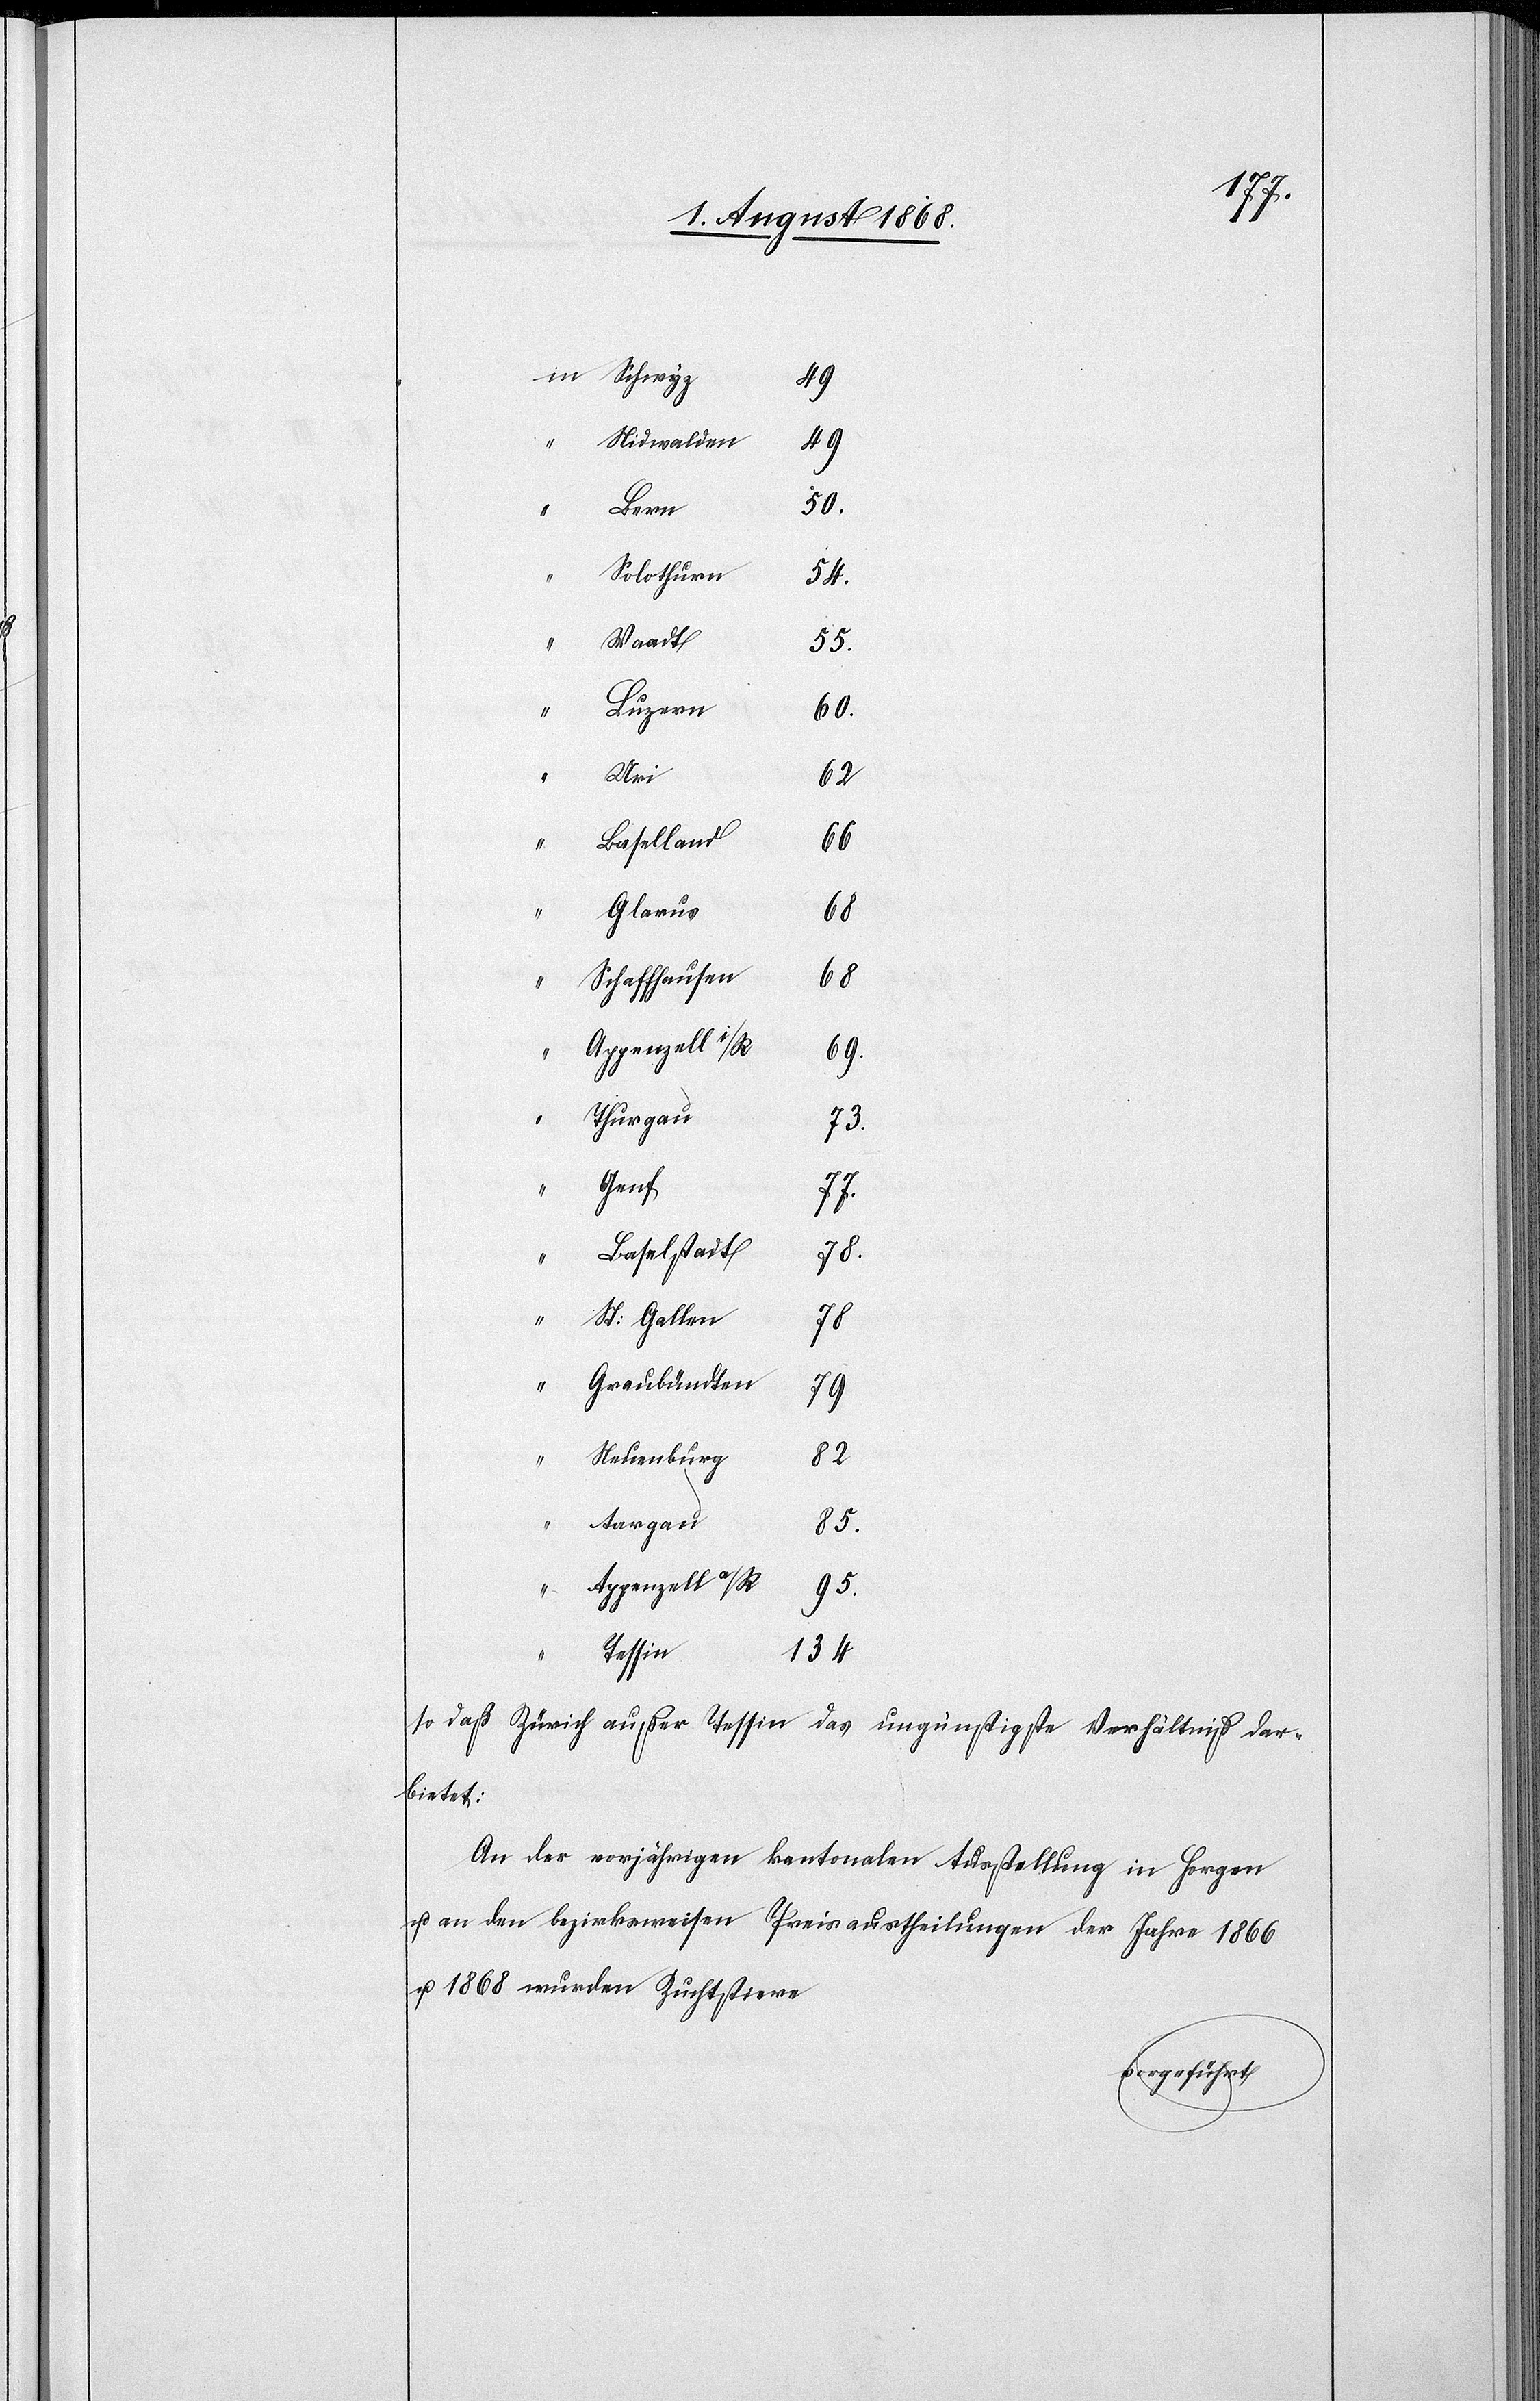
49
Nidwalden
Solothurn
54.
Waadt
55.
Luzern
60.
Uri
62
Baselland
66
Glarus
68
Schaffhausen
68
Appenzell i/R
69.
Thurgau
73.
Genf
77.
Baselstadt
78.
St: Gallen
78
“
Graubündten
79
Neuenburg
82
Aargau
85.
Appenzell a/R
95.
Tessin
134
so daß Zürich außer Tessin das ungünstigste Verhältniß dar¬
bietet:
An der vorjährigen kantonalen Ausstellung in Horgen
u. an den bezirksweisen Preisaustheilungen der Jahre 1866
u. 1868 wurden Zuchtstiere